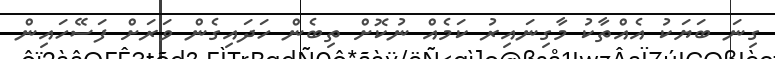
ގިނަ ބަޔަކު އެއްތާކު މާގިނައިރު ކަމެއް ނުކޮށް ތިބެން ހަދައިގެން ވަރަށް ފަސޭހައިން